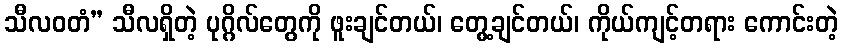
သီလဝတံ” သီလရှိတဲ့ ပုဂ္ဂိလ်တွေကို ဖူးချင်တယ်၊ တွေ့ချင်တယ်၊ ကိုယ်ကျင့်တရား ကောင်းတဲ့